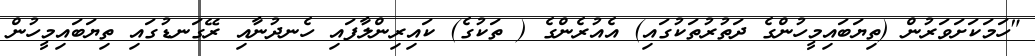
"ހަމަކަށަވަރުން (ތިޔަބައިމީހުންގެ ދަތުރުތަކުގައި) އެއުރެންގެ ( ތަކުގެ) ކައިރިންލާފައި ހެނދުނާއި ރޭގަނޑުގައި ތިޔަބައިމީހުން